Annual administration report of the Civil Veterinary Department of India - 1895-1896
Year: 1895
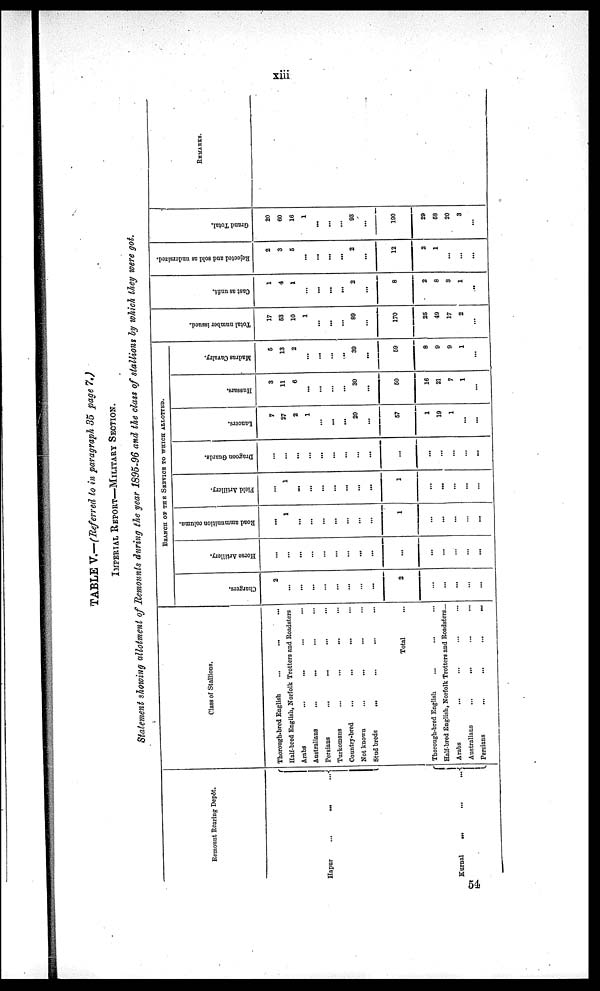
xiii
TABLE V.—(Referred to in paragraph 35 page 7.)
IMPERIAL REPORT—MILITARY SECTION.
Statement showing allotment of Remounts during the year 1895-96 and the class of stallions by which they were got.
Remount Rearing Depôt.
Hapur
...
...
...
Kurnal
...
...
...
Class of Stallions.
Thorough-bred English ... ... ...
Half-bred English, Norfolk Trotters and Roadsters
Arabs ... ... ... ...
Australians ... ... ... ...
Persians ... ... ... ...
Turkomans ... ... ... ...
Country-bred ... ... ... ...
Not known
...
...
...
...
Stud breds ... ... ... ...
Total ...
Thorough-bred English ... ... ... ...
Half-bred English, Norfolk Trotters and Roadsters...
Arabs ... ... ... ...
Australians ... ... ... ...
Persians
...
...
...
...
BRANCH OF THE SERVICE TO WHICH ALLOTTED.
Chargers.
2
...
...
...
...
...
...
...
...
2
...
...
...
...
...
Horse Artillery.
...
...
...
...
...
...
...
...
...
...
...
...
...
...
...
Road
ammunition column.
...
1
...
...
...
...
...
...
...
1
...
...
...
...
...
Field Artillery.
......
1
...
...
...
...
...
...
...
1
...
...
...
...
...
Dragoon Guards.
...
...
...
...
...
...
...
...
...
...
...
...
...
...
...
Lancers.
7
27
2
1
...
...
...
20
...
57
1
19
1
...
...
Hussars.
3
11
6
...
...
...
...
30
...
50
16
21
7
1
...
Madras Cavalry.
5
13
2
...
...
...
...
39
...
59
8
9
9
1
...
Total number i ssued.
17
53
10
1
...
...
...
89
...
170
25
49
17
2
...
Cast as unfit.
1
4
1
...
...
...
...
2
...
8
2
8
3
1
...
Rejected and sold as undersized.
2
3
5
...
...
...
...
2
...
12
2
1
...
...
...
Grand Total.
20
60
16
1
...
...
...
93
...
190
29
58
20
3
...
REMARKS.
54